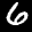
Label: 6